Report on the Nagpur School of Medicine, Central Provinces
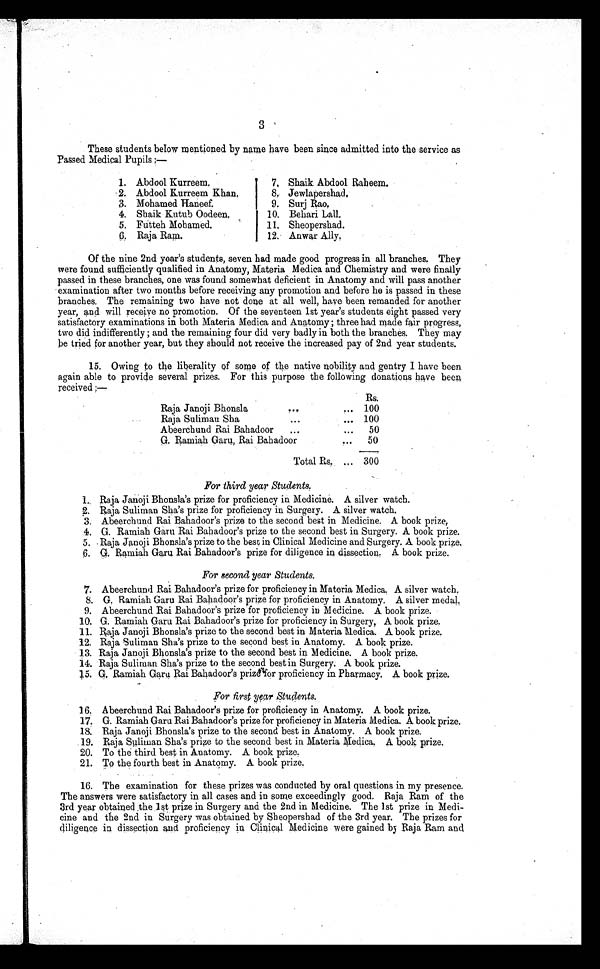
3
These students below mentioned by name have been since admitted into the service as
Passed Medical Pupils
1. Abdool Kurreem.
2. Abdool Kurreem Khan.
3. Mohamed Haneef.
4. Shaik Kutub Oodeen.
5. Futteh Mohamed.
6. Raja Ram.
7. Shaik Abdool Raheem.
8. Jewlapershad,
9. Surj Rao,
10. Behari Lall.
11. Sheopershad.
12. Anwar Ally,
Of t he ni ne 2nd year ’ s s t udent s , s even had made good pr ogr es s i n al l br anches . They
were found sufficiently qualified in Anatomy, Materia Medica and Chemistry and were finally
passed in these branches, one was found somewhat deficient in Anatomy and will pass another
examination after two months before receiving any promotion and before he is passed in these
branches. The remaining two have not done at all well, have been remanded for another
year, and will receive no promotion. Of the seventeen 1st year’s students eight passed very
satisfactory examinations in both Materia Medica and Anatomy ; three had made fair progress,
two did indifferently ; and the remaining four did very badly in both the branches. They may
be tried for another year, but they should not receive the increased pay of 2nd year students.
15. Owing to the liberality of some of the native nobility and gentry I have been
again able to provide several prizes. For this purpose the following donations have been
received ;—
Rs.
Raja Janoji Bhonsla,
. . . ... 100
Raja Sha
...
... 100
Abeerchund Rai Bahadoor
...
...
50
G. Ramiah Garu, Rai Bahadoor
...
50
Total Rs.
300
For third year Students.
1. Raja Janoji Bhonsla’s prize for proficiency in Medicine. A silver watch.
2. Raja Suliman Sha’s prize for proficiency in Surgery. A silver watch.
3. Abeerchund Rai Bahadoor’s prize to the second best in Medicine. A book prize,
4.
G. Ramiah Garu Rai Bahadoor’s prize to the second best in Surgery. A book prize.
5. Raja Janoji Bhonsla’s prize to the best in Clinical Medicine and Surgery. A book prize,
6. G. Ramiah Garu Rai Bahadoor’s prize for diligence in dissection. A book prize.
For second year Students.
7. Abeerchund Rai Bahadoor’s prize for proficiency in Materia Medica. A silver watch.
8. G. Ramiah Garu Rai Bahadoor’s prize for proficiency in Anatomy. A silver medal.
9. Abeerchund Rai Bahadoor’s prize for proficiency in Medicine. A book prize.
10. G. Ramiah Garu Rai Bahadoor’s prize for proficiency in Surgery. A book prize.
11. Raja Janoji Bhonsla’s prize to the second best in Materia Medica. A book prize.
12. Raja Suliman Sha’s prize to the second best in Anatomy. A book prize.
13. Raja Janoji Bhonsla’s prize to the second best in Medicine. A book prize.
14. Raja Suliman Sha’s prize to the second best in Surgery. A book prize.
15. G. Ramiah Garu Rai Bahadoor’s prize for proficiency in Pharmacy. A book prize.
For first year Students.
16. Abeerchund Rai Bahadoor’s prize for proficiency in Anatomy. A book prize.
17. G. Ramiah Garu Rai Bahadoor’s prize for proficiency in Materia Medica. A book prize.
18. Raja Janoji Bhonsla’s prize to the second best in Anatomy. A book prize.
19. Raja Suliman Sha’s prize to the second best in Materia Medica. A book prize.
20. To the third best in Anatomy. A book prize.
21. To the fourth best in Anatomy. A book prize.
16. The examination for these prizes was conducted by oral questions in my presence.
The answers were satisfactory in all cases and in some exceedingly good. Raja Ram of the
3rd year obtained the 1st prize in Surgery and the 2nd in Medicine. The 1st prize in Medi--
cine and the 2nd in Surgery was obtained by Sheopershad of the 3rd year. The prizes for
diligence in dissection and proficiency in Clinical Medicine were gained by Raja Ram and